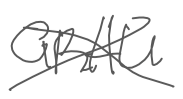
Text: GRAU
Cross-out: cross
Writing tool: digital_gray